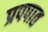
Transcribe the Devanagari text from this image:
प्रपपात